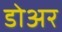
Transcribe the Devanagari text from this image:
डोअर